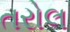
તરોલ